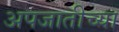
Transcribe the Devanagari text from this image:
अपजातीच्या